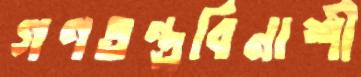
গণতন্ত্রবিনাশী